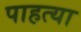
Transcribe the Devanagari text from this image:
पाहत्या